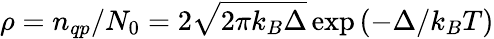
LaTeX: \rho=n_{qp}/N_{0}=2\sqrt{2\pi k_{B}\Delta}\exp{(-\Delta/k_{B}T)}